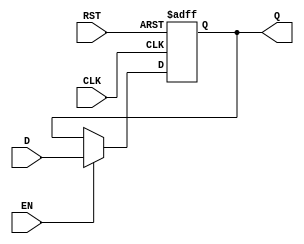
module output_register #(
    parameter WIDTH = 8  // Parameter to define the width of the register
)(
    input wire [WIDTH-1:0] D,   // Data input
    input wire CLK,              // Clock signal
    input wire RST,              // Reset signal
    input wire EN,               // Enable signal
    output reg [WIDTH-1:0] Q     // Data output
);

// Asynchronous reset implementation
always @(posedge CLK or posedge RST) begin
    if (RST) begin
        Q <= {WIDTH{1'b0}}; // Reset Q to 0
    end else if (EN) begin
        Q <= D; // Capture input data D on clock edge if enabled
    end
    // If EN is not asserted, Q retains its previous value
end

endmodule